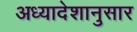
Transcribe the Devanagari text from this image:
अध्यादेशानुसार